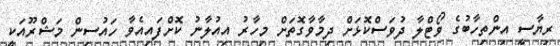
ރިޔާސީ އިންތިހާބުގެ ވޯޓްލާ ދުވަސްކޮޅަށް ދިމާވާގޮތަށް މިހާރު އިއުލާނު ކޮށްފައިއެވާ ހައުސިން މަޝްރޫއަކީ